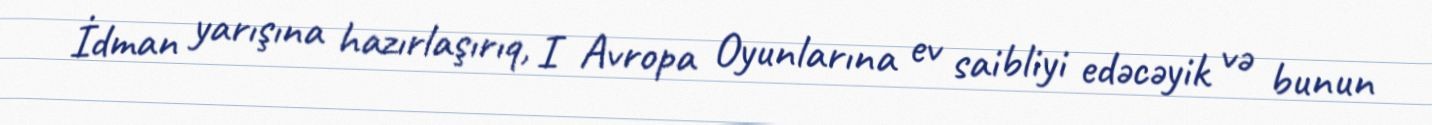
İdman yarışına hazırlaşırıq, I Avropa Oyunlarına ev saibliyi edəcəyik və bunun